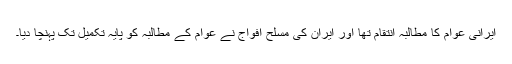
ایرانی عوام کا مطالبہ انتقام تھا اور ایران کی مسلح افواج نے عوام کے مطالبہ کو پایہ تکمیل تک پہنچا دیا۔